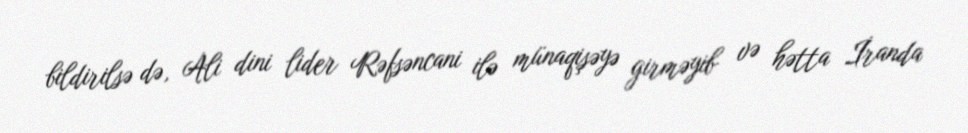
bildirilsə də, Ali dini lider Rəfsəncani ilə münaqişəyə girməyib və hətta İranda